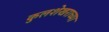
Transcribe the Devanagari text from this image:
कुलशेखराच्या